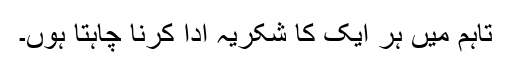
تاہم میں ہر ایک کا شکریہ ادا کرنا چاہتا ہوں۔